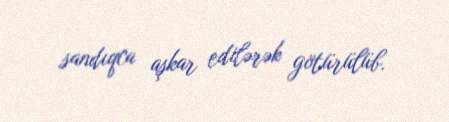
sandıqca aşkar edilərək götürülüb.